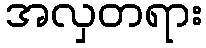
အလှတရား